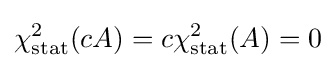
\chi _{\text{stat}}^{2}(cA)=c\chi _{\text{stat}}^{2}(A)=0